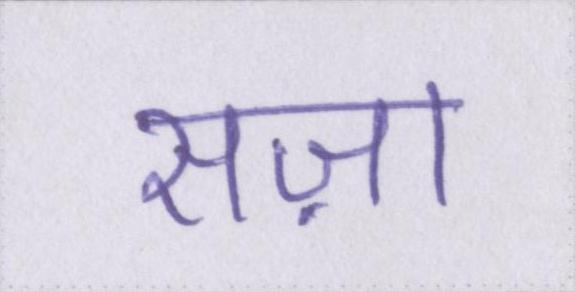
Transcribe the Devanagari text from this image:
सज़ा